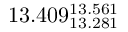
1 3 . 4 0 9 _ { 1 3 . 2 8 1 } ^ { 1 3 . 5 6 1 }